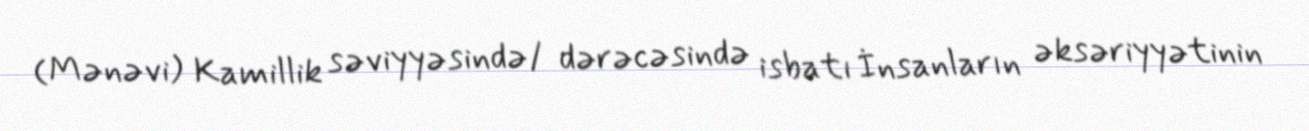
(Mənəvi) Kamillik səviyyəsində/ dərəcəsində isbatı İnsanların əksəriyyətinin